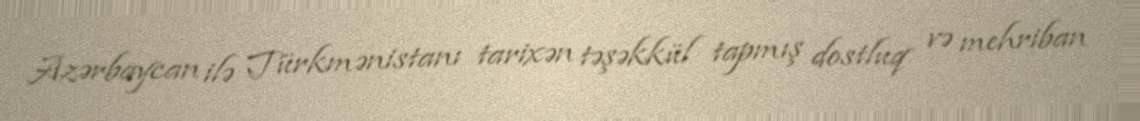
Azərbaycan ilə Türkmənistanı tarixən təşəkkül tapmış dostluq və mehriban